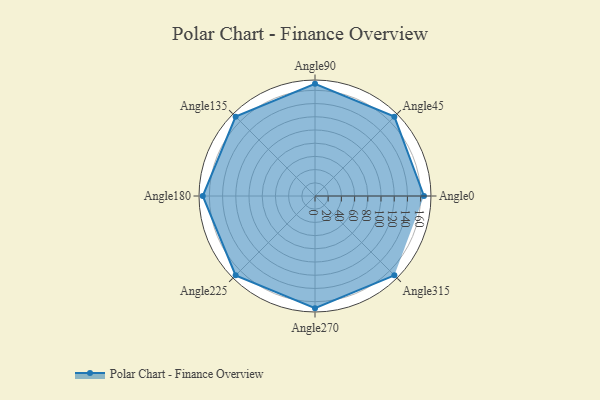
{"axis": {"x": "Angle", "y": "Radius"}, "legend": [""], "data": [{"x": "Angle0", "y": 165.0, "type": ""}, {"x": "Angle45", "y": 170, "type": ""}, {"x": "Angle90", "y": 170, "type": ""}, {"x": "Angle135", "y": 170, "type": ""}, {"x": "Angle180", "y": 170, "type": ""}, {"x": "Angle225", "y": 170, "type": ""}, {"x": "Angle270", "y": 170, "type": ""}, {"x": "Angle315", "y": 170, "type": ""}]}